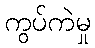
ကွပ်ကဲမှု